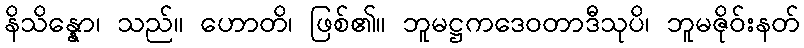
နိသိန္နော၊ သည်။ ဟောတိ၊ ဖြစ်၏။ ဘူမဋ္ဌကဒေဝတာဒီသုပိ၊ ဘူမဇိုဝ်းနတ်